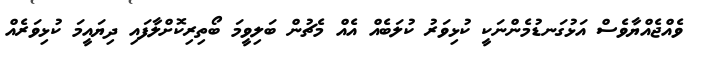
ވެއްޖެއްޔާވެސް އަޅުގަނޑުމެންނަކީ ކުޅިވަރު ކުލަބެއް އެއް މެޗުން ބަލިވީމަ ބޯތިރިކޮށްލާފައި ދިޔައީމަ ކުޅިވަރެއް